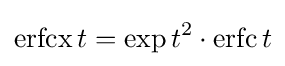
\operatorname {erfcx} t=\exp t^{2}\cdot \operatorname {erfc} t